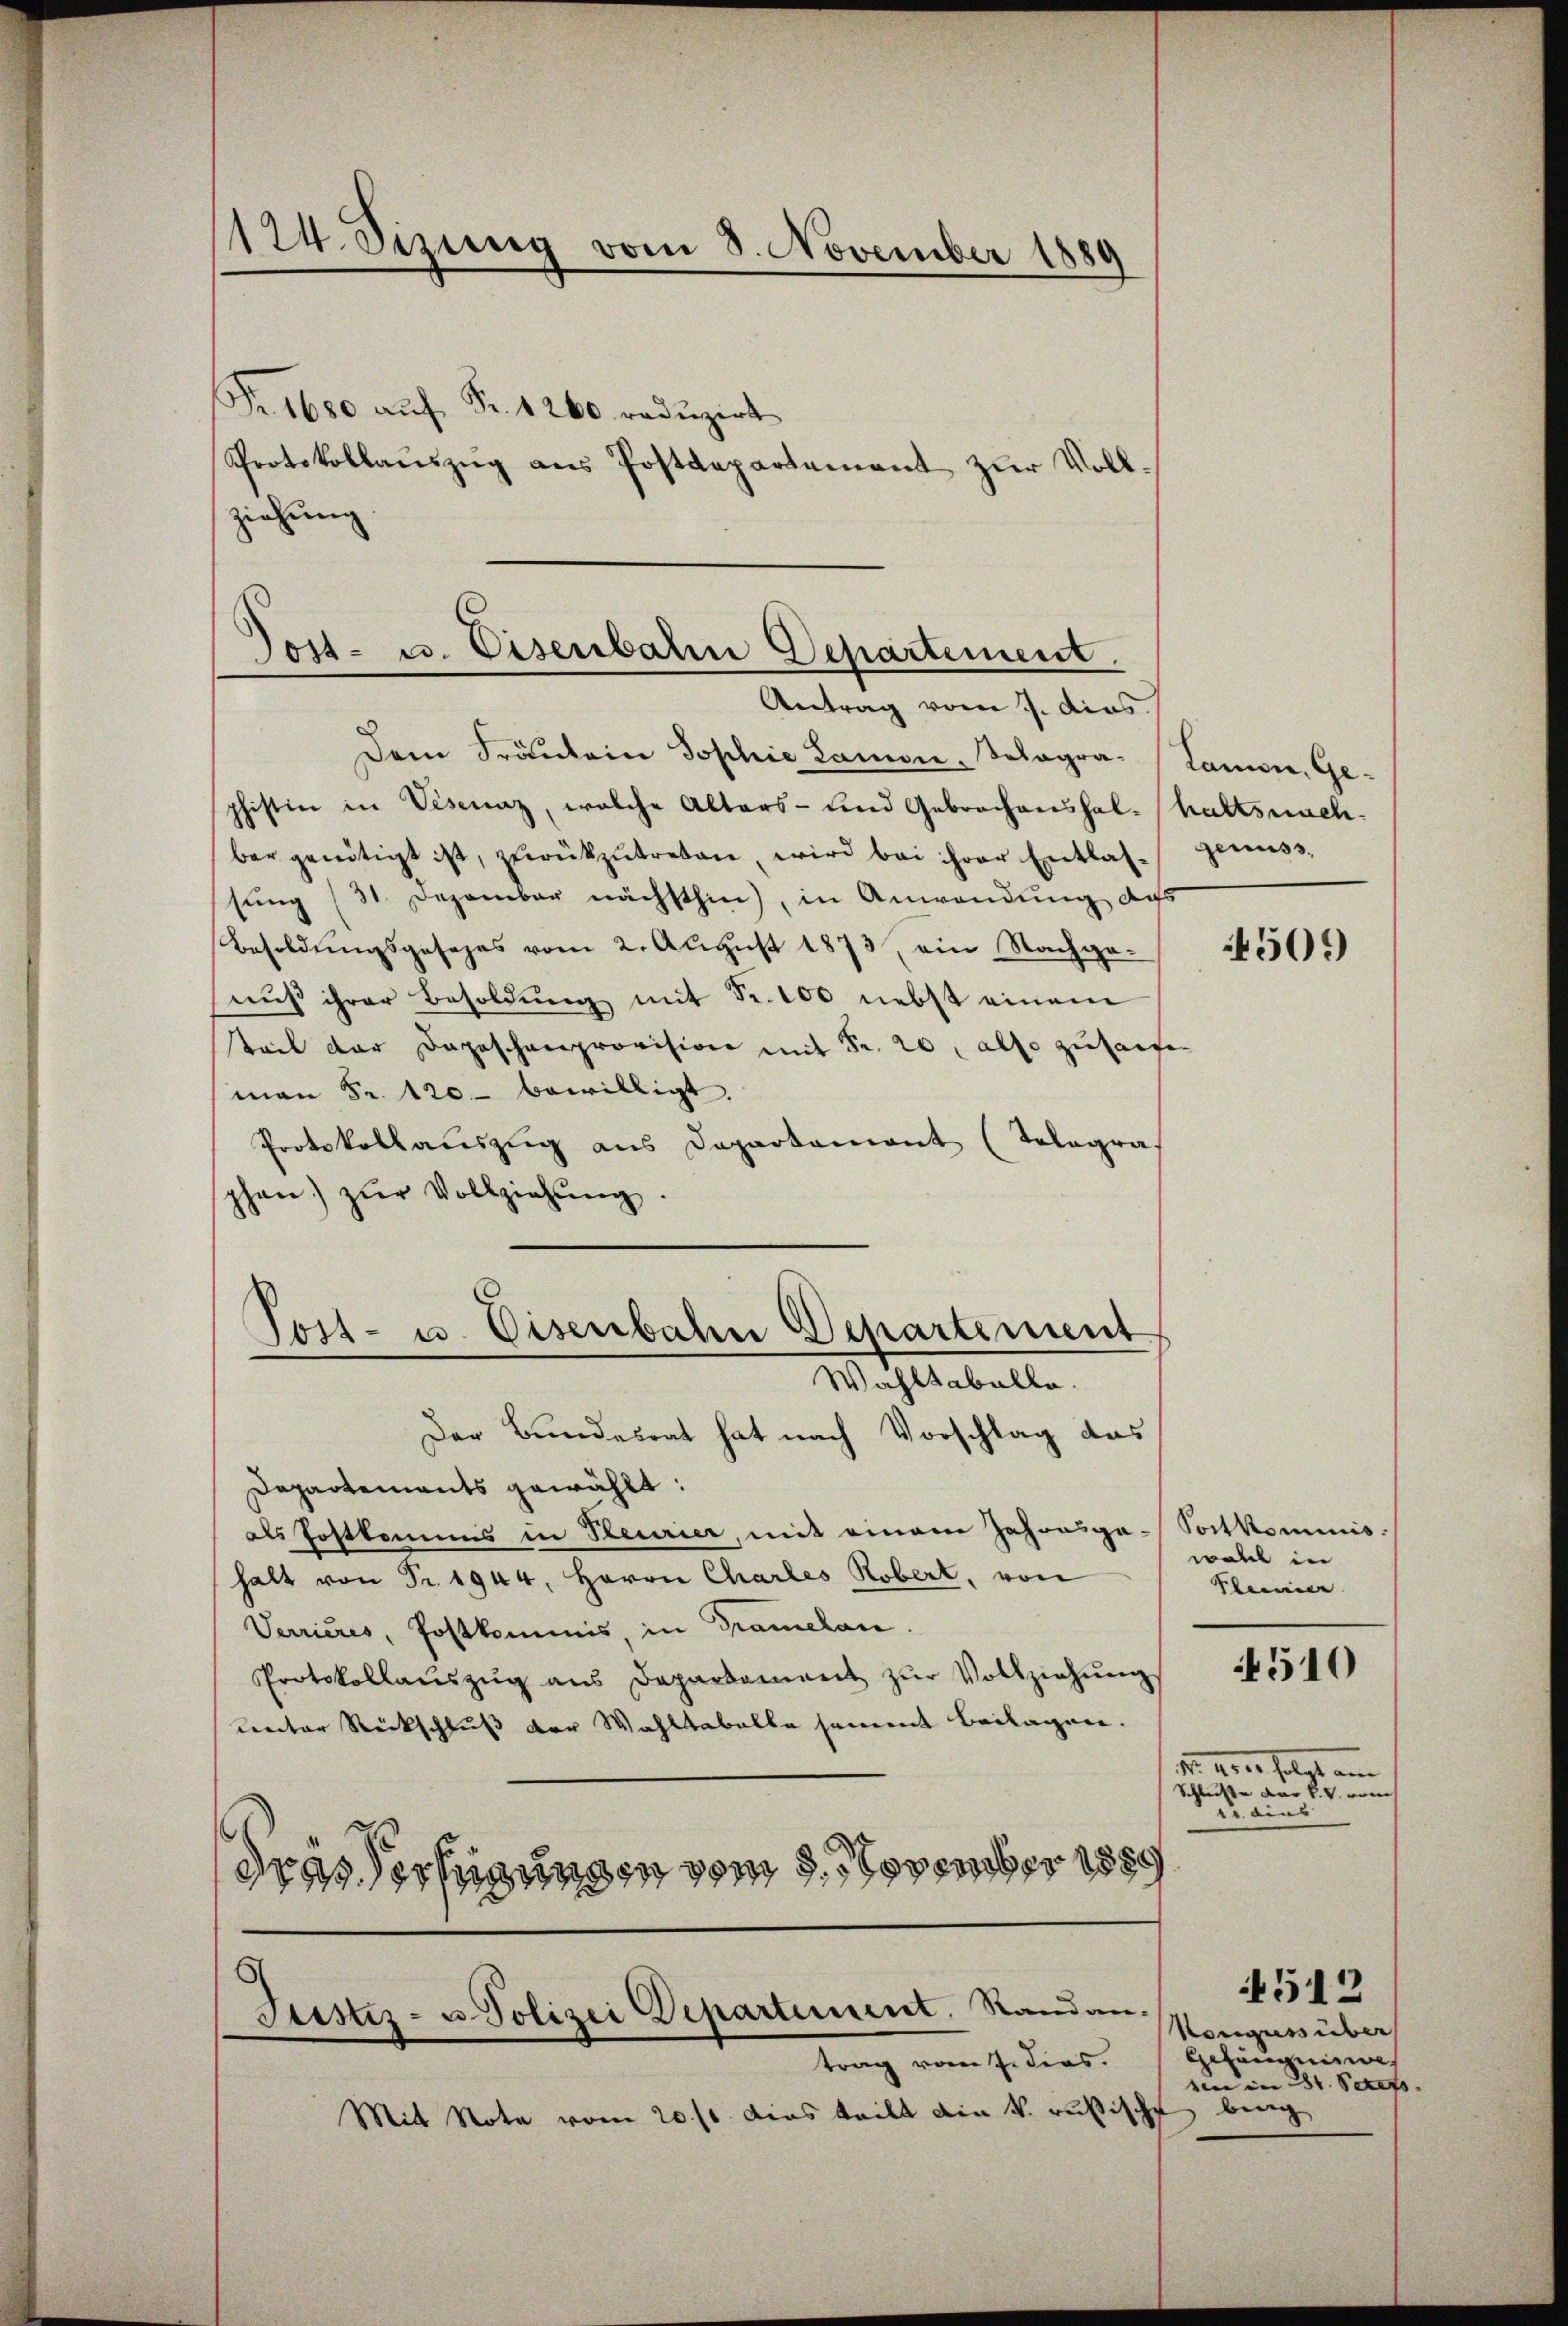
124. Sizung vom 8. November 1889

ziehung
Antrag vom 1. dies
Dem Fräulein Sophie Lamon, Solagra- Lamon, Ge-
phistin in Visenaz, welche Alters- und Gebrochenshal- haltsnach.
ber genötigt ist, zŭrückzŭtreten, wird bei ihrer Entlas- Genuss,
sung (31. Dezember nächsthin), in Anwendung das
Besoldungsgesezes vom 2. August 1873, ein Nachge-
nŭβ ihrer Besoldŭng mit Fr. 100 nebst einem
Teil der Depeschenprovision mit Fr. 20, also zulaufen
man Fr. 120 bewilligt.
Protokollauszug aus Departement (Telegra
phen zŭr Vollziehung
Tost- u. Disenbahn Departement
Wahltabelle.
Der Bundesrat hat nach Vorschlag das
Departements gewählt:
als Postkamens in Steurier, mit einem Jahresga-Sortkommis-
halt von Fr. 1944, Herrn Chartes Robert, von
Verrieres, Postkommis, in Gramelan.
Protokollaŭszŭg aŭs Departement zŭr Vollziehŭng
unter Rückschluss der Wahltabelle sammt Beilagen.
dres Verfügungen vom 9. November 1889
¬
Justiz- u Polizei Departement. Standan-
trag vom J. dies
Mit Note vom 20 st. Dies teilt die k. russische beig

Fr. 1680 aŭf Fr. 1200 redŭzirt
Protokollaŭszŭg ans Postdepartement zur Voll¬

Gost- u. Eisenbahn Departement.

4509

wall in
Kleini

510

dr aber folgt am
Schluße der K. V. vom
tr. dies

4512
Nonguss über
Gezeugnisse
sin in 284. Seress